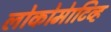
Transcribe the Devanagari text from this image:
लोकोमेाटिव्ह